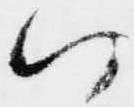
い